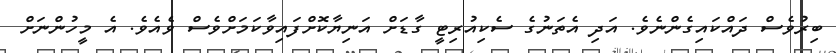
ބިރުވެސް ދައްކައިގެންނެވެ. އަދި އެތަނުގެ ސެކިއުރިޓީ ގާޑަށް އަނިޔާކޮށްފައިވާކަމަށްވެސް ވެއެވެ. އެ މީހުންނަށް